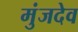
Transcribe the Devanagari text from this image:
मुंजदेव